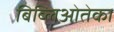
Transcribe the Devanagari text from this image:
बिब्लिओतेका